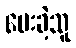
ပေးခဲ့သူ